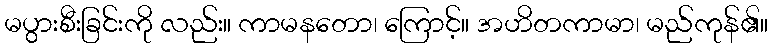
မပွားစီးခြင်းကို လည်း။ ကာမနတော၊ ကြောင့်။ အဟိတကာမာ၊ မည်ကုန်၏။